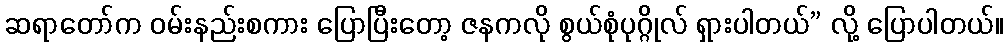
ဆရာတော်က ဝမ်းနည်းစကား ပြောပြီးတော့ ဇနကလို စွယ်စုံပုဂ္ဂိုလ် ရှားပါတယ်” လို့ ပြောပါတယ်။